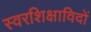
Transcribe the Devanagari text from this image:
स्वरशिक्षाविदों